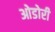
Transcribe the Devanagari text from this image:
ओडोरी